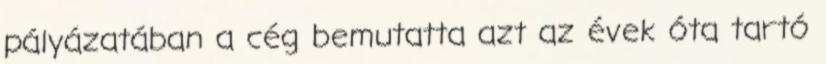
pályázatában a cég bemutatta azt az évek óta tartó